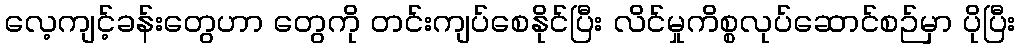
လေ့ကျင့်ခန်းတွေဟာ တွေကို တင်းကျပ်စေနိုင်ပြီး လိင်မှုကိစ္စလုပ်ဆောင်စဉ်မှာ ပိုပြီး